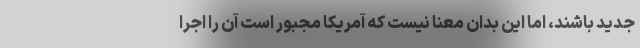
جدید باشند، اما این بدان معنا نیست که آمریکا مجبور است آن را اجرا